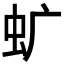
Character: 𧈴